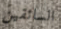
السائقين